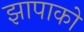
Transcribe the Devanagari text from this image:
झापाको